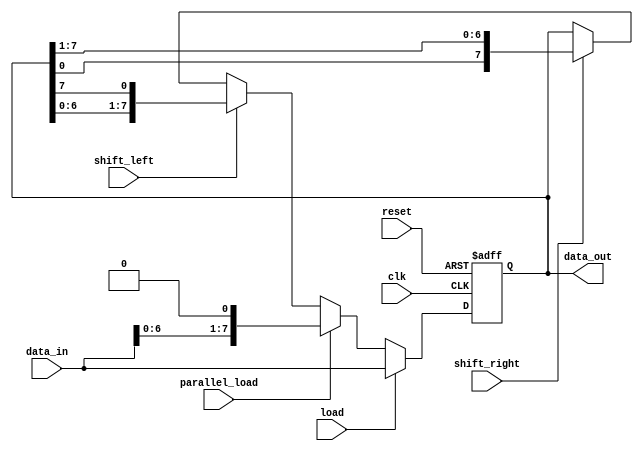
module universal_shift_register(
  input wire clk,
  input wire reset,
  input wire shift_left,
  input wire shift_right,
  input wire load,
  input wire parallel_load,
  input wire [7:0] data_in,
  output wire [7:0] data_out
);

  reg [7:0] shift_reg;

  always @(posedge clk or posedge reset) begin
    if (reset) begin
      shift_reg <= 8'b0;
    end else if (load) begin
      shift_reg <= data_in;
    end else if (parallel_load) begin
      shift_reg <= {data_in, 1'b0};
    end else if (shift_left) begin
      shift_reg <= {shift_reg[6:0], shift_reg[7]};
    end else if (shift_right) begin
      shift_reg <= {shift_reg[0], shift_reg[7:1]};
    end
  end
  
  assign data_out = shift_reg;
  
endmodule